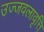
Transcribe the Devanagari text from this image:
उज्जवलावृत्ति